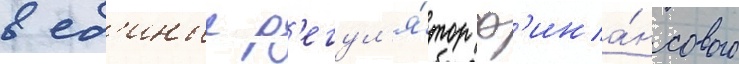
в ед'иныи р'егул'я́тор ф'ина́нсового